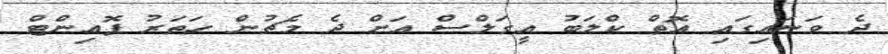
ދެ ވަނައިގައި އޮތް ކްލަބު އީގަލްސް އަށް ދެ މެޗުން ހަތަރު ޕޮއިންޓް